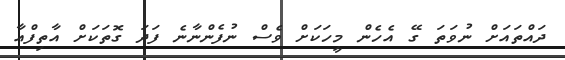
ދައްތައަށް ނުވަތަ ގޭ އެހެން މީހަކަށް ވެސް ނުފެންނާނެ ފަދަ ގޮތަކަށް އާތިފްއާ